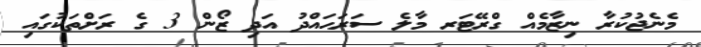
މެނެޖުކުރާ ނިޒާމެއް ގްރޭޓަރ މާލެ ސަރަޙައްދު އަދި ޒޯން 3 ގެ ރަށްތަކުގައި